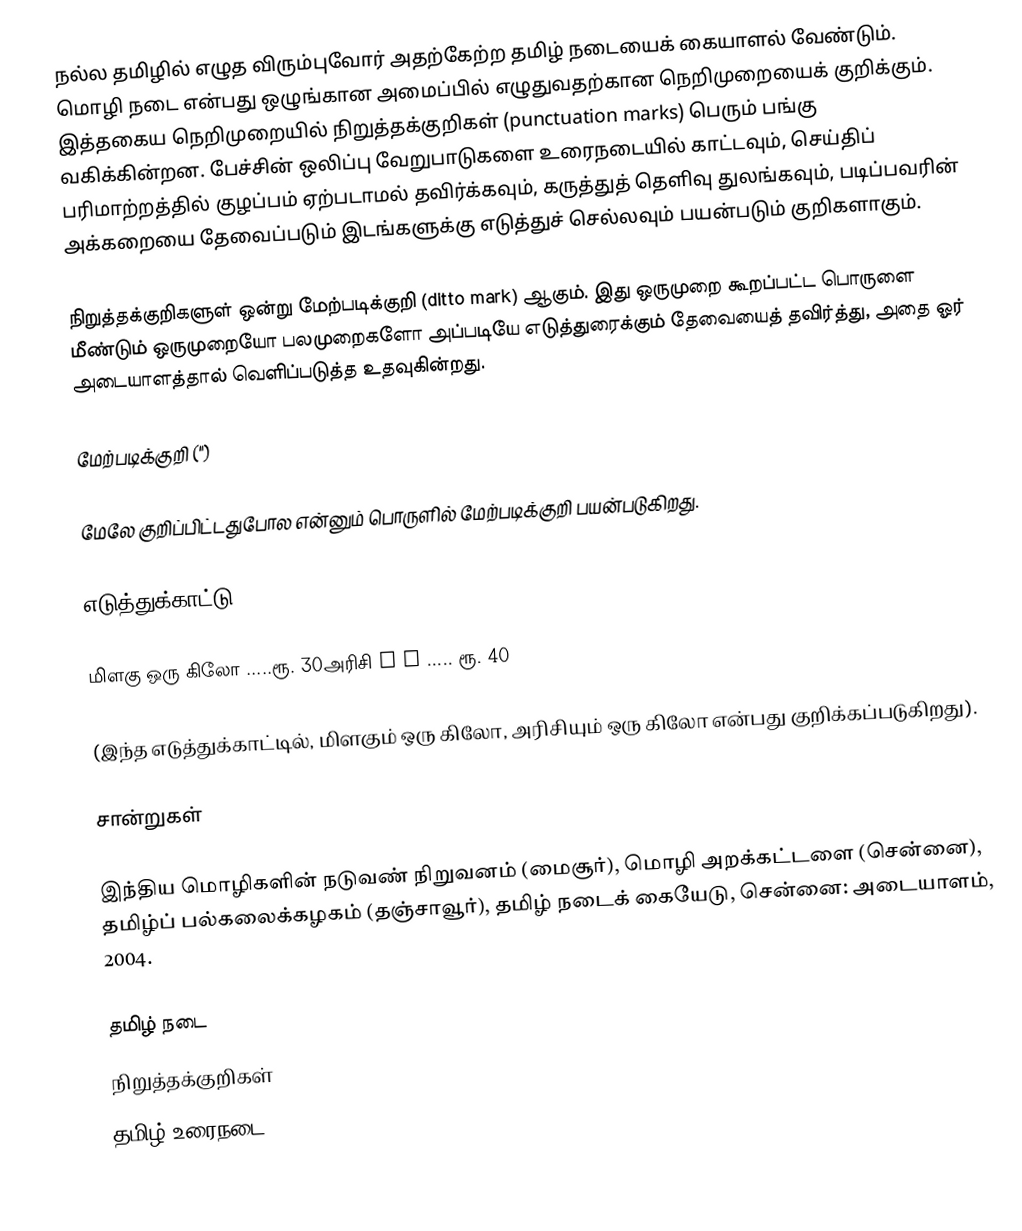
நல்ல தமிழில் எழுத விரும்புவோர் அதற்கேற்ற தமிழ் நடையைக் கையாளல் வேண்டும். மொழி நடை என்பது ஒழுங்கான அமைப்பில் எழுதுவதற்கான நெறிமுறையைக் குறிக்கும். இத்தகைய நெறிமுறையில்  நிறுத்தக்குறிகள் (punctuation marks) பெரும் பங்கு வகிக்கின்றன. பேச்சின் ஒலிப்பு வேறுபாடுகளை உரைநடையில் காட்டவும், செய்திப் பரிமாற்றத்தில் குழப்பம் ஏற்படாமல் தவிர்க்கவும், கருத்துத் தெளிவு துலங்கவும், படிப்பவரின் அக்கறையை தேவைப்படும் இடங்களுக்கு எடுத்துச் செல்லவும் பயன்படும் குறிகளாகும்.

நிறுத்தக்குறிகளுள் ஒன்று மேற்படிக்குறி (ditto mark) ஆகும். இது ஒருமுறை கூறப்பட்ட பொருளை மீண்டும் ஒருமுறையோ பலமுறைகளோ அப்படியே எடுத்துரைக்கும் தேவையைத் தவிர்த்து, அதை ஓர் அடையாளத்தால் வெளிப்படுத்த உதவுகின்றது.

மேற்படிக்குறி (")

மேலே குறிப்பிட்டதுபோல என்னும் பொருளில் மேற்படிக்குறி பயன்படுகிறது.

எடுத்துக்காட்டு:

மிளகு ஒரு கிலோ .....ரூ. 30அரிசி  〃   〃   ..... ரூ. 40

(இந்த எடுத்துக்காட்டில், மிளகும் ஒரு கிலோ, அரிசியும் ஒரு கிலோ என்பது குறிக்கப்படுகிறது).

சான்றுகள்

 இந்திய மொழிகளின் நடுவண் நிறுவனம் (மைசூர்), மொழி அறக்கட்டளை (சென்னை), தமிழ்ப் பல்கலைக்கழகம் (தஞ்சாவூர்), தமிழ் நடைக் கையேடு, சென்னை: அடையாளம், 2004.

தமிழ் நடை
நிறுத்தக்குறிகள்
தமிழ் உரைநடை